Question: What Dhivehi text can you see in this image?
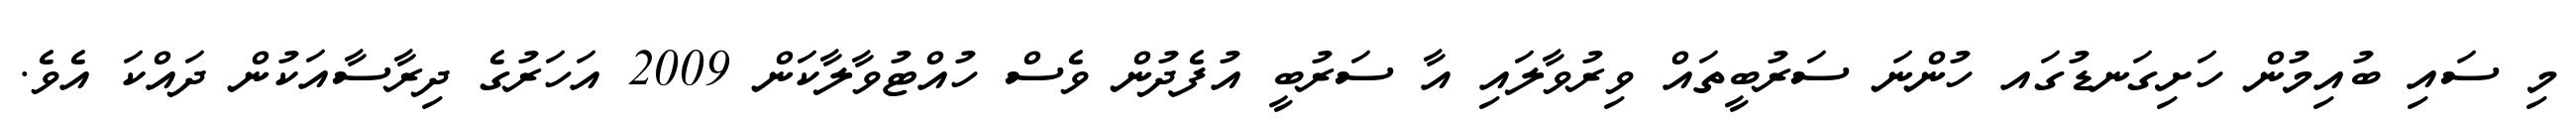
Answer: މި ސައި ބުއިމުން ހަށިގަނޑުގައ ހުންނަ ސަރުބީތައް ވިރުވާލައި އާ ސަރުބީ އުފެދުން ވެސް ހުއްޓުވާލާކަން 2009 އަހަރުގެ ދިރާސާއަކުން ދައްކަ އެވެ.